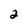
Character: 2